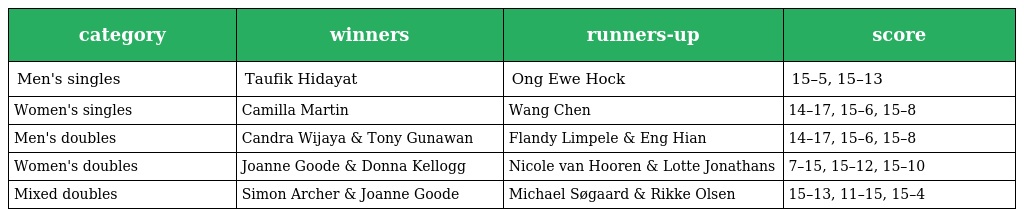
| category | winners | runners-up | score |
 | --- | --- | --- | --- |
 | Men's singles | Taufik Hidayat | Ong Ewe Hock | 15–5, 15–13 |
 | Women's singles | Camilla Martin | Wang Chen | 14–17, 15–6, 15–8 |
 | Men's doubles | Candra Wijaya & Tony Gunawan | Flandy Limpele & Eng Hian | 14–17, 15–6, 15–8 |
 | Women's doubles | Joanne Goode & Donna Kellogg | Nicole van Hooren & Lotte Jonathans | 7–15, 15–12, 15–10 |
 | Mixed doubles | Simon Archer & Joanne Goode | Michael Søgaard & Rikke Olsen | 15–13, 11–15, 15–4 |